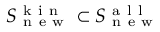
S _ { \mathrm { ~ n ~ e ~ w ~ } } ^ { \mathrm { ~ k ~ i ~ n ~ } } \subset S _ { \mathrm { ~ n ~ e ~ w ~ } } ^ { \mathrm { ~ a ~ l ~ l ~ } }